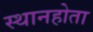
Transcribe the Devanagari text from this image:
स्थानहोता